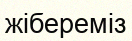
жібереміз